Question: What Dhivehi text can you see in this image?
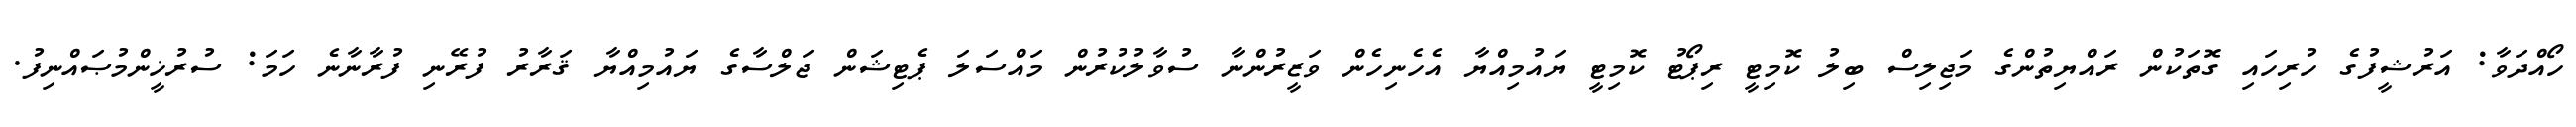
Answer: ހޯއްދަވާ: އަރުޝީފުގެ ހުރިހައި ގޮތަކުން ރައްޔިތުންގެ މަޖިލިސް ބިލު ކޮމިޓީ ރިޕޯޓު ކޮމިޓީ ޔައުމިއްޔާ އެހެނިހެން ވަޒީރުންނާ ސުވާލުކުރުން މައްސަލަ ޕެޓިޝަން ޖަލްސާގެ ޔައުމިއްޔާ ޤަރާރު ފުރޭނި ފުރާނާނެ ހަމަ: ސުރުޚީންމުޞައްނިފު.